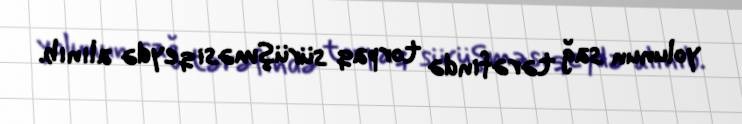
yolunun sağ tərəfində torpaq sürüşməsi qeydə alınıb.